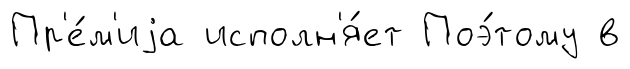
Пр'е́м'иjа исполн'я́ет Поэ́тому в